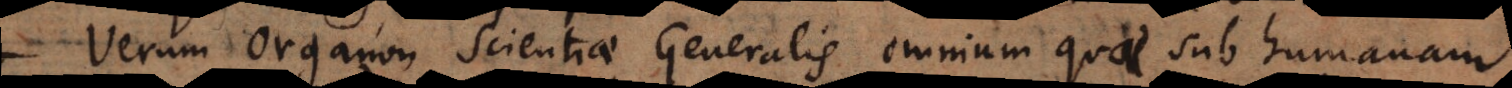
Verum Organon Scientiae Generalis omnium quae sub humanam